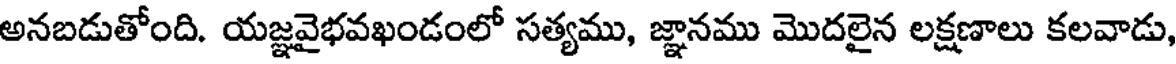
అనబడుతోంది. యజ్ఞవైభవఖండంలో సత్యము, జ్ఞానము మొదలైన లక్షణాలు కలవాడు,